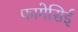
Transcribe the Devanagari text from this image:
फागेसिई